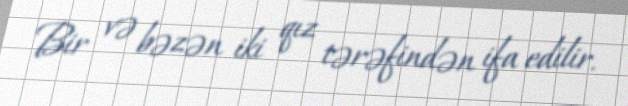
Bir və bəzən iki qız tərəfindən ifa edilir.